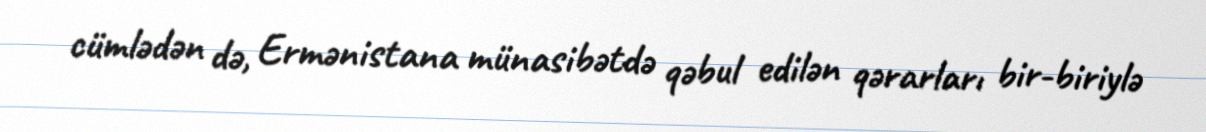
cümlədən də, Ermənistana münasibətdə qəbul edilən qərarları bir-biriylə